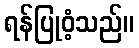
ရန်ပြုဝံ့သည်။